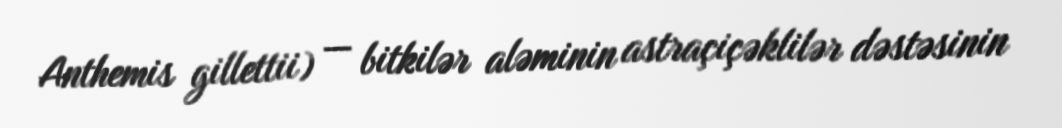
Anthemis gillettii) — bitkilər aləminin astraçiçəklilər dəstəsinin